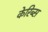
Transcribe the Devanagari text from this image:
केरिब्स